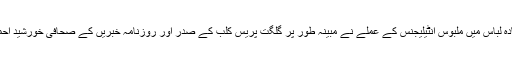
حملہ: 17 جولائی کو سادہ لباس میں ملبوس انٹیلیجنس کے عملے نے مبینہ طور پر گلگت پریس کلب کے صدر اور روزنامہ خبریں کے صحافی خورشید احمد کو تشدد کا نشانہ بنایا۔